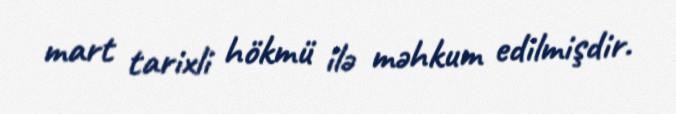
mart tarixli hökmü ilə məhkum edilmişdir.